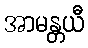
အာမန္တယီ